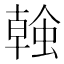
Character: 螒